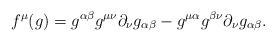
LaTeX: \begin{align*}f^{\mu}(g)=g^{\alpha\beta}g^{\mu \nu}\partial_{\nu} g_{\alpha\beta}-g^{\mu\alpha}g^{\beta \nu}\partial_{\nu}g_{\alpha\beta}.\end{align*}